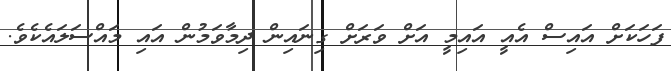
ފަހަކަށް އައިސް އެއީ އައިމީ އަށް ވަރަށް ގިނައިން ދިމާވަމުން އައި މައްސަލައެކެވެ.